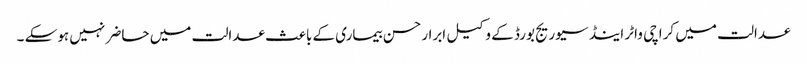
عدالت میں کراچی واٹر اینڈ سیوریج بورڈ کے وکیل ابرار حسن بیماری کے باعث عدالت میں حاضر نہیں ہوسکے ۔